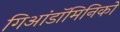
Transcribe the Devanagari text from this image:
गिआंडॉमिनिको